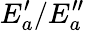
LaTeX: E_{a}^{\prime}/E_{a}^{\prime\prime}